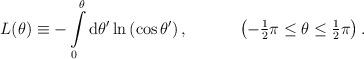
LaTeX: \begin{align*}L(\theta)\equiv -\int\limits_0^{\theta} \mbox{d}\theta' \ln\left(\cos\theta'\right), \hspace{13mm}\left( -{\textstyle{1\over2}}\pi \leq \theta \leq {\textstyle{1\over2}}\pi \right) .\end{align*}